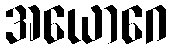
အယောဂေ